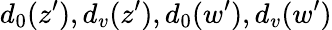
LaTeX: {d_{0}(z^{\prime}),d_{v}(z^{\prime}),d_{0}(w^{\prime}),d_{v}(w^{\prime})}